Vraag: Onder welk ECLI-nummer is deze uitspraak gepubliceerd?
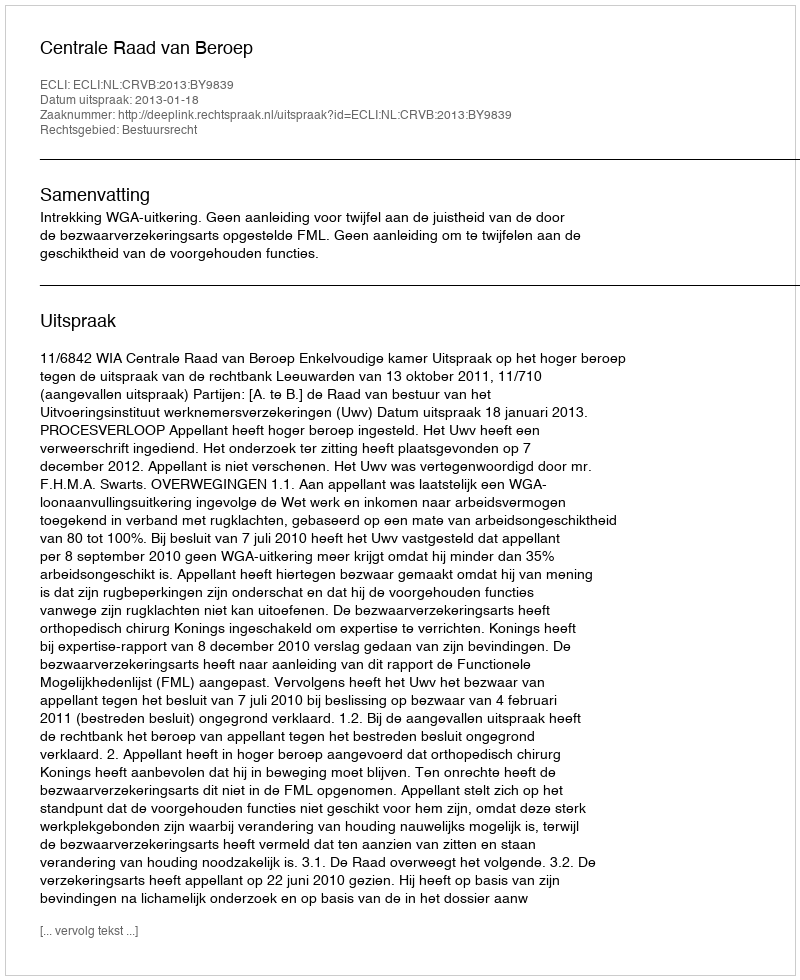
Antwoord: ECLI:NL:CRVB:2013:BY9839